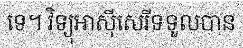
ទេ។ វិទ្យុអាស៊ីសេរីទទួលបាន